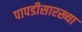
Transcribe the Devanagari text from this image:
पापडीसारख्या